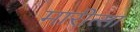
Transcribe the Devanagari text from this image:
मारीत्सा